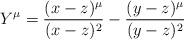
LaTeX: \begin{align*} Y^\mu = \frac{(x-z)^\mu}{(x-z)^2} - \frac{(y-z)^\mu}{(y-z)^2}\end{align*}